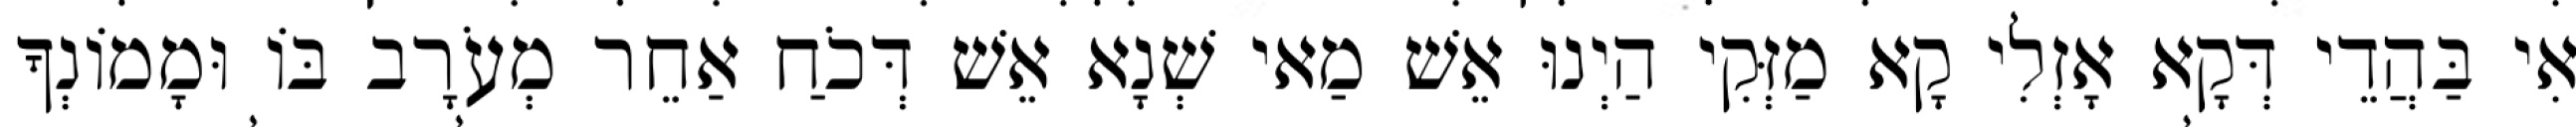
אִי בַּהֲדֵי דְּקָא אָזְלִי קָא מַזְּקִי הַיְנוּ אֵשׁ מַאי שְׁנָא אֵשׁ דְּכֹחַ אַחֵר מְעֹרָב בּוֹ וּמָמוֹנְךָ